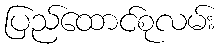
ပြည်ထောင်စုလမ်း